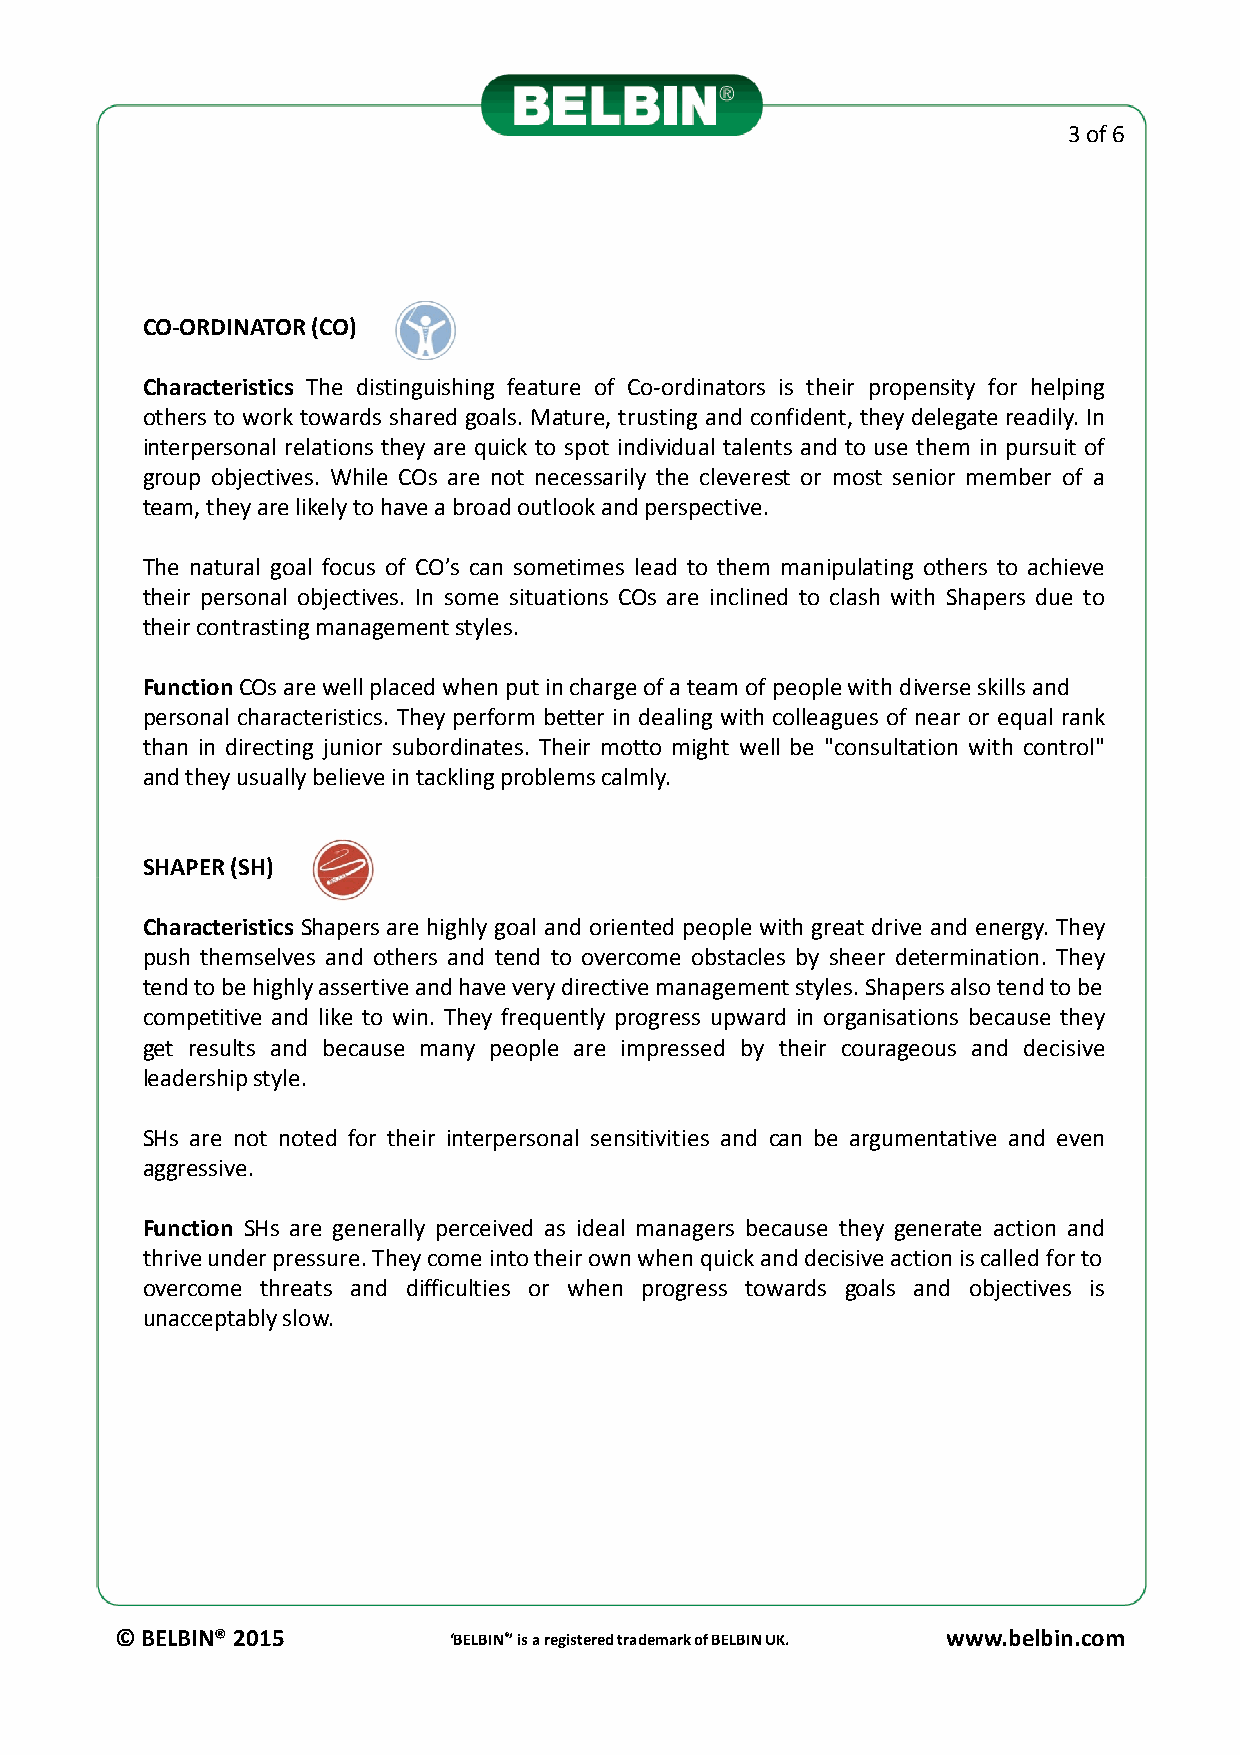
3 of 6
 CO-ORDINATOR(CO)
 Characteristics The distinguishing feature of Co-ordinators is their propensity for helping
 others to work towards shared goals. Mature, trusting and confident, they delegate readily. In
 interpersonal relations they are quick to spot individual talents and to use them in pursuit of
 group objectives. While COs are not necessarily the cleverest or most senior member of a
 team,theyarelikelytohaveabroadoutlookandperspective.
 The natural goal focus of CO’s can sometimes lead to them manipulating others to achieve
 their personal objectives. In some situations COs are inclined to clash with Shapers due to
 theircontrastingmanagementstyles.
 FunctionCOsarewellplacedwhenputinchargeofateamofpeoplewithdiverseskillsand
 personal characteristics. They perform better in dealing with colleagues of near or equal rank
 than in directing junior subordinates. Their motto might well be "consultation with control"
 andtheyusuallybelieveintacklingproblemscalmly.
 SSHHAAPPEERR((SSHH))
 Characteristics Shapers are highly goal and oriented people with great drive and energy. They
 push themselves and others and tend to overcome obstacles by sheer determination. They
 tendtobehighlyassertiveandhaveverydirectivemanagementstyles.Shapersalsotendtobe
 competitive and like to win. They frequently progress upward in organisations because they
 get results and because many people are impressed by their courageous and decisive
 leadershipstyle.
 SHs are not noted for their interpersonal sensitivities and can be argumentative and even
 aggressive.
 Function SHs are generally perceived as ideal managers because they generate action and
 thriveunderpressure.Theycome intotheirownwhenquickanddecisiveactioniscalledforto
 overcome threats and difficulties or when progress towards goals and objectives is
 unacceptablyslow.
 © BELBIN® 2015        ‘BELBIN®’ is a registered trademark of BELBIN UK. www.belbin.com